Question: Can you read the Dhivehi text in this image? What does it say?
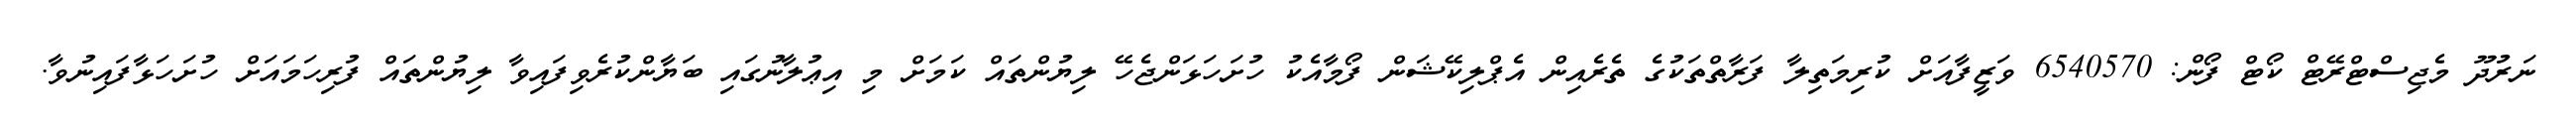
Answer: ނަރުދޫ މެޖިސްޓްރޭޓް ކޯޓް ފޯން: 6540570 ވަޒީފާއަށް ކުރިމަތިލާ ފަރާތްތަކުގެ ތެރެއިން އެޕްލިކޭޝަން ފޯމާއެކު ހުށަހަޅަންޖެހޭ ލިޔުންތައް ކަމަށް މި އިޢުލާނުގައި ބަޔާންކުރެވިފައިވާ ލިޔުންތައް ފުރިހަމައަށް ހުށަހަޅާފައިނުވާ.